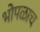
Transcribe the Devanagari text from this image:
भोपळाच